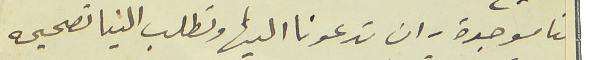
نا موجدة - ان تدعونا اليها وتطلب الينا تصحيحه